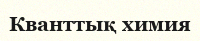
Кванттық химия